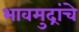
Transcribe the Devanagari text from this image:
भावमुद्रांचे